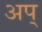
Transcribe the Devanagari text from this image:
अप्‌